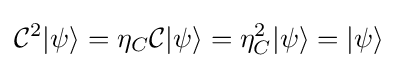
{\mathcal {C}}^{2}|\psi \rangle =\eta _{C}{\mathcal {C}}|{\psi }\rangle =\eta _{C}^{2}|\psi \rangle =|\psi \rangle